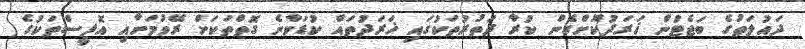
ދައުލަތުގެ ބަޖެޓުން ޚަރަދުކޮށްގެން ކުރާ ދަތުރުތަކުގައި ޚަރަދުތައް ކުޑަވާނެ ގޮތްތަކަށް ރޭވުމަށާއި އޮފީސްތަކުގެ